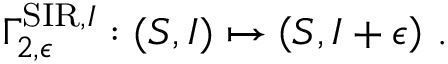
\Gamma _ { 2 , \epsilon } ^ { \mathrm { S I R } , I } : ( S , I ) \mapsto \left( S , I + \epsilon \right) \, .